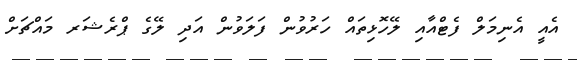
އެއީ އެނިމަލް ފެޓްއާއި ލޭހޮޅިތައް ހަރުވުން ފަލަވުން އަދި ލޭގެ ޕްރެޝަރ މައްޗަށް